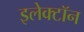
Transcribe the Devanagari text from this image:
इलेक्‍टॉन